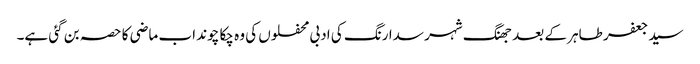
سید جعفر طاہر کے بعد جھنگ شہر سدا رنگ کی ادبی محفلوں کی وہ چکا چوند اب ماضی کا حصہ بن گئی ہے۔